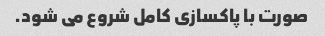
صورت با پاکسازی کامل شروع می شود.